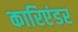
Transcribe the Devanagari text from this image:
कारिएंडर